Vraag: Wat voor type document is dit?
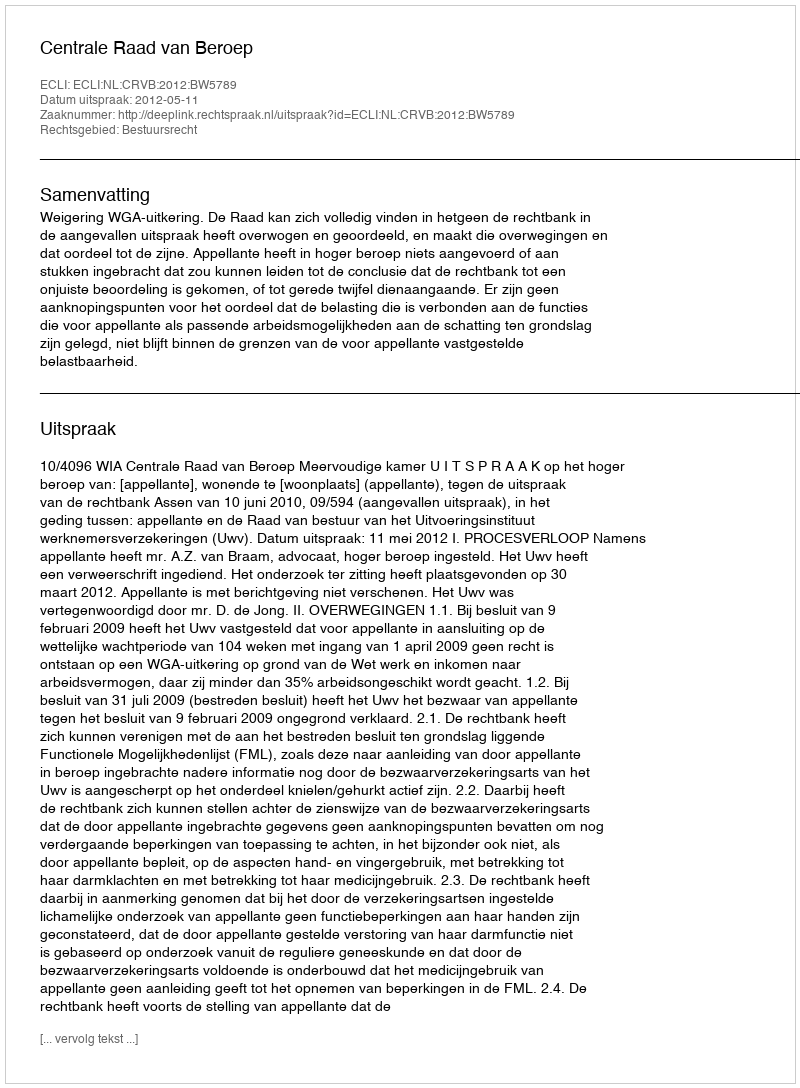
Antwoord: Uitspraak